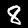
Label: 8